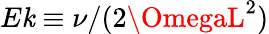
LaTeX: E\mathit{k}\equiv\nu/(2\OmegaL^{2})